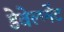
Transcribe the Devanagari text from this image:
डेवेल्प्मेंट